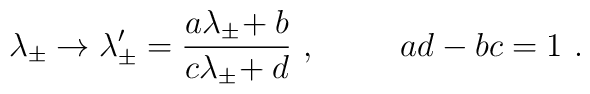
\lambda_{\pm} \rightarrow \lambda_{\pm}^{\prime} = {{a \lambda_{\pm}\!+ b} \over {c \lambda_{\pm}\! + d}} \ ,\hspace{30pt} ad - bc = 1 \ .